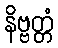
နိဗ္ဗတ္တံ